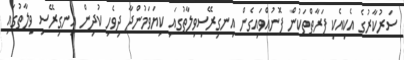
ސަރުކާރުގެ އެކިއެކި ފަރާތްތަކުން ފޮނުއްވައިގެން އިނގިރޭސިވިލާތުގައި ކިޔަވަމުންދާ ދިވެހި ކުދިން އިނގިރޭސި ވިލާތުގައި